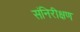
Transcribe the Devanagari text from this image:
संनिरीक्षण